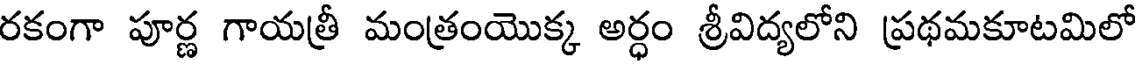
రకంగా పూర్ణ గాయత్రీ మంత్రంయొక్క అర్ధం శ్రీవిద్యలోని ప్రథమకూటమిలో